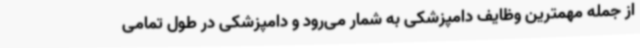
از جمله مهمترین وظایف دامپزشکی به شمار می‌رود و دامپزشکی در طول تمامی